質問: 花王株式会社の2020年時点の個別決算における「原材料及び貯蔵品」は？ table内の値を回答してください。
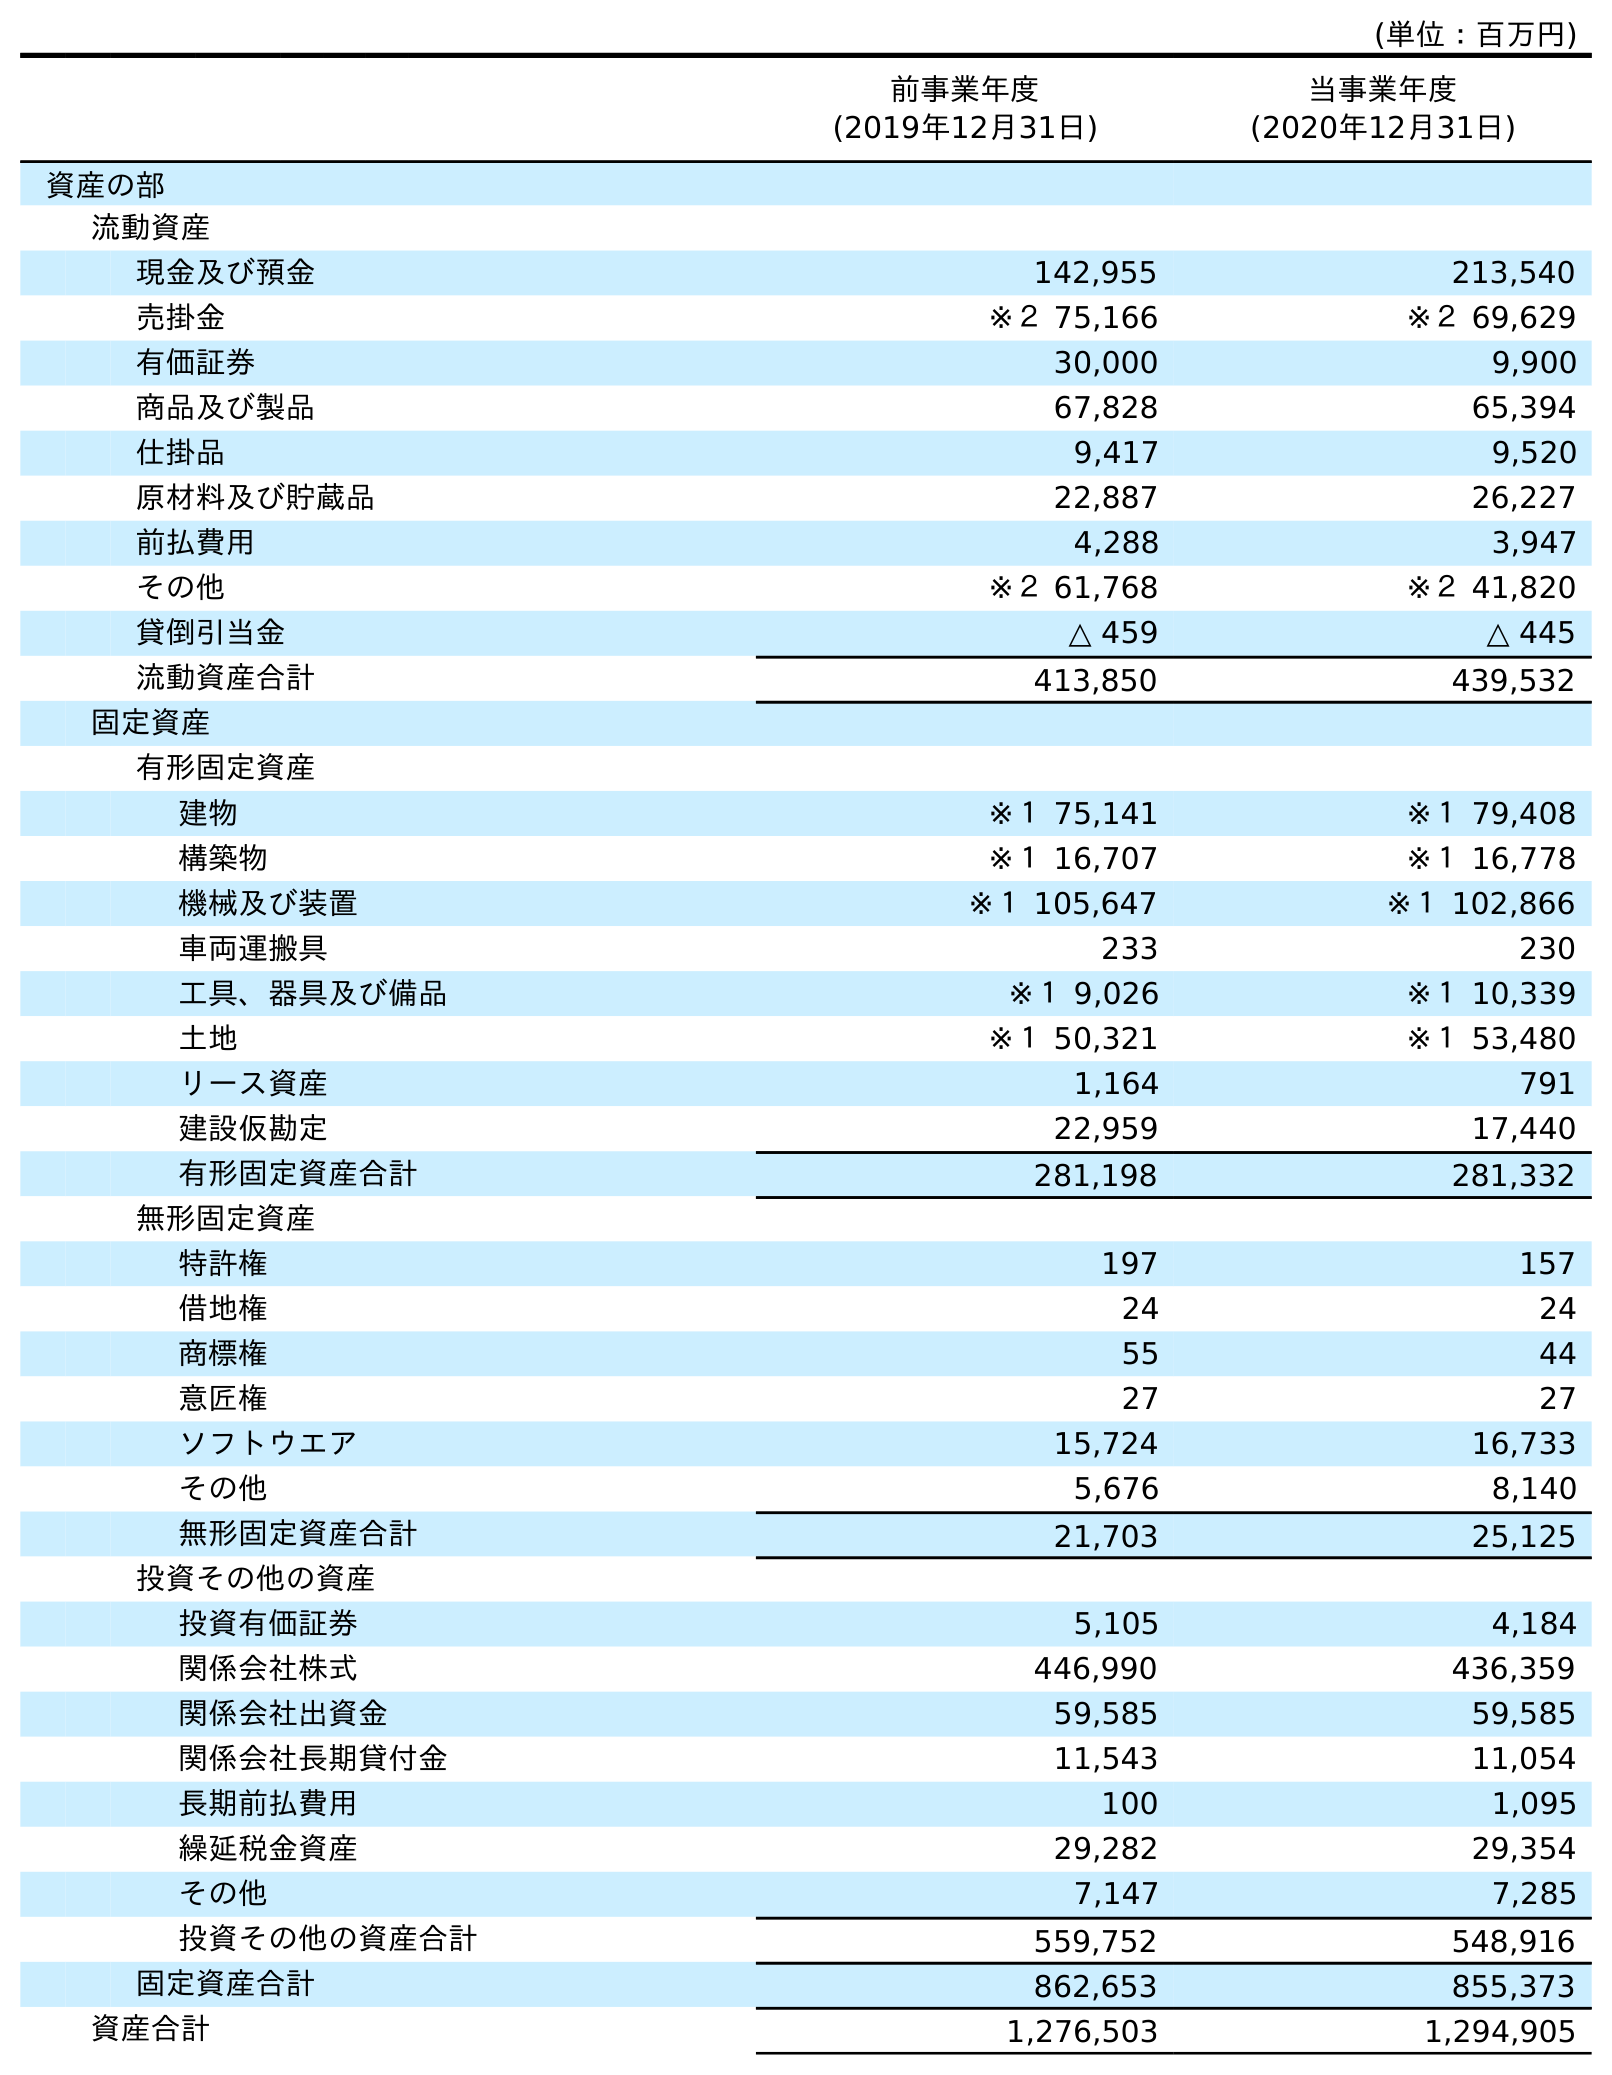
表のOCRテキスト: (単位：百万円) 前事業年度 (2019年12月31日) 当事業年度 (2020年12月31日) 資産の部 流動資産 現金及び預金 142,955 213,540 売掛金 ※２ 75,166 ※２ 69,629 有価証券 30,000 9,900 商品及び製品 67,828 65,394 仕掛品 9,417 9,520 原材料及び貯蔵品 22,887 26,227 前払費用 4,288 3,947 その他 ※２ 61,768 ※２ 41,820 貸倒引当金 △ 459 △ 445 流動資産合計 413,850 439,532 固定資産 有形固定資産 建物 ※１ 75,141 ※１ 79,408 構築物 ※１ 16,707 ※１ 16,778 機械及び装置 ※１ 105,647 ※１ 102,866 車両運搬具 233 230 工具、器具及び備品 ※１ 9,026 ※１ 10,339 土地 ※１ 50,321 ※１ 53,480 リース資産 1,164 791 建設仮勘定 22,959 17,440 有形固定資産合計 281,198 281,332 無形固定資産 特許権 197 157 借地権 24 24 商標権 55 44 意匠権 27 27 ソフトウエア 15,724 16,733 その他 5,676 8,140 無形固定資産合計 21,703 25,125 投資その他の資産 投資有価証券 5,105 4,184 関係会社株式 446,990 436,359 関係会社出資金 59,585 59,585 関係会社長期貸付金 11,543 11,054 長期前払費用 100 1,095 繰延税金資産 29,282 29,354 その他 7,147 7,285 投資その他の資産合計 559,752 548,916 固定資産合計 862,653 855,373 資産合計 1,276,503 1,294,905
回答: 26,227